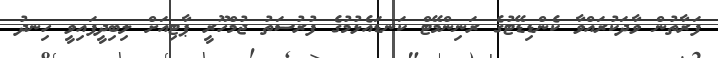
ފަރާތުން ވާދަކުރައްވާ ކެންޑިޑޭޓުގެ ރަނިންމޭޓް ކަނޑައެޅުމުގެ ފުރުސަތު ޖުމްހޫރީ ޕާޓިއަށް ލިބިދީފައިވީ ހިނދު